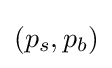
(p_{s},p_{b})